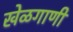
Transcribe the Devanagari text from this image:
खेळगाणी